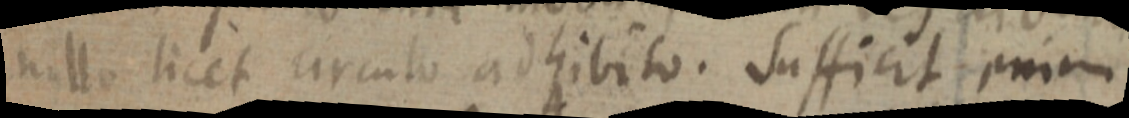
nullo licet circulo adhibito. Sufficit enim